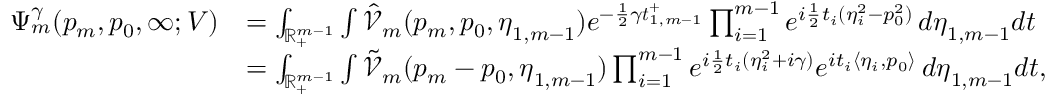
\begin{array} { r l } { \Psi _ { m } ^ { \gamma } ( p _ { m } , p _ { 0 } , \infty ; V ) } & { = \int _ { \mathbb { R } _ { + } ^ { m - 1 } } \int \hat { \mathcal { V } } _ { m } ( p _ { m } , p _ { 0 } , \boldsymbol { \eta } _ { 1 , m - 1 } ) e ^ { - \frac { 1 } { 2 } \gamma \boldsymbol { t } _ { 1 , m - 1 } ^ { + } } \prod _ { i = 1 } ^ { m - 1 } e ^ { i \frac { 1 } { 2 } t _ { i } ( \eta _ { i } ^ { 2 } - p _ { 0 } ^ { 2 } ) } \, d \boldsymbol { \eta } _ { 1 , m - 1 } d \boldsymbol { t } } \\ & { = \int _ { \mathbb { R } _ { + } ^ { m - 1 } } \int \tilde { \mathcal { V } } _ { m } ( p _ { m } - p _ { 0 } , \boldsymbol { \eta } _ { 1 , m - 1 } ) \prod _ { i = 1 } ^ { m - 1 } e ^ { i \frac { 1 } { 2 } t _ { i } ( \eta _ { i } ^ { 2 } + i \gamma ) } e ^ { i t _ { i } \langle \eta _ { i } , p _ { 0 } \rangle } \, d \boldsymbol { \eta } _ { 1 , m - 1 } d \boldsymbol { t } , } \end{array}